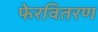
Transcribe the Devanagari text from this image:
फेरवितरण